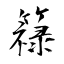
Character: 簶